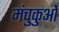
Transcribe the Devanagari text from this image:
मंचुकुओं